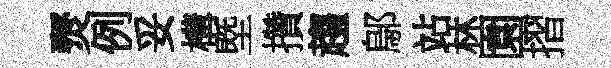
燹例妥構塈攢趨鄔站林園摺